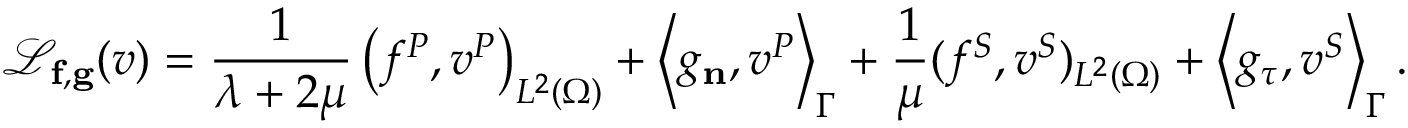
\mathcal { L } _ { \mathbf { f } , \mathbf { g } } ( \boldsymbol { v } ) = \frac { 1 } { \lambda + 2 \mu } \left( f ^ { P } , v ^ { P } \right) _ { L ^ { 2 } ( \Omega ) } + \left\langle g _ { \mathbf { n } } , v ^ { P } \right\rangle _ { \Gamma } + \frac { 1 } { \mu } ( f ^ { S } , v ^ { S } ) _ { L ^ { 2 } ( \Omega ) } + \left\langle { g } _ { \boldsymbol { \tau } } , v ^ { S } \right\rangle _ { \Gamma } .